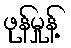
ဖုန်မှုန့်